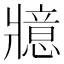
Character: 𭷇